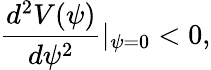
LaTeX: \frac{d^{2}V(\psi)}{d\psi^{2}}|_{\psi=0}<0,